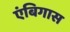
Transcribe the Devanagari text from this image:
एंबिगास